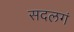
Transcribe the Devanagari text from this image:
सदलगं